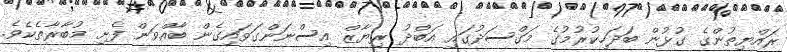
ރައްޔިތުންގެ ގުޅުން ބަދަހިކުރުމުގެ މަގްސަދުގައި އަބްދު ރިޔާޒް އިސްނަންގަވައިގެން ބާއްވަން ފެށި މުބާރާތެކެވެ.